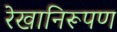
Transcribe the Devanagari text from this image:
रेखानिरूपण